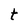
Character: t